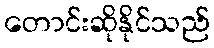
တောင်းဆိုနိုင်သည်